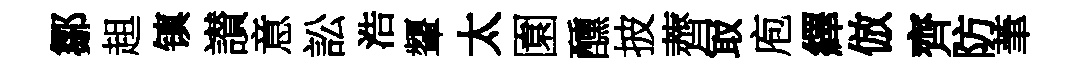
鄒趄镇讃意訟浩顰太園醺披薺冣庖繹倣齊防茟